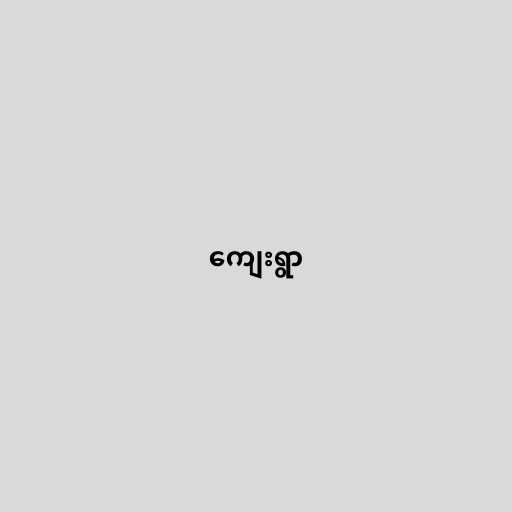
ကျေးရွာ